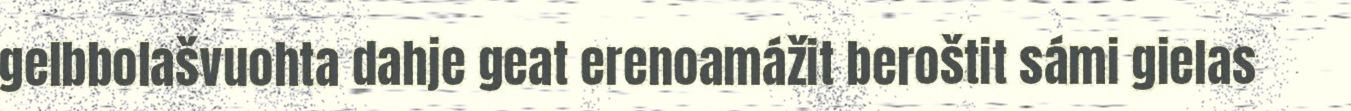
gelbbolašvuohta dahje geat erenoamážit beroštit sámi gielas